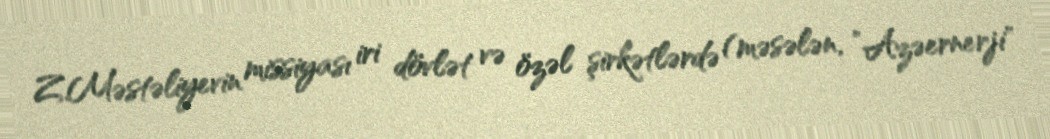
Z.Məstəliyevin missiyası iri dövlət və özəl şirkətlərdə (məsələn, ”Azəernerji"